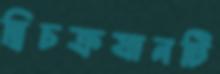
দ্বিচক্রযানটি